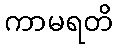
ကာမရတိ